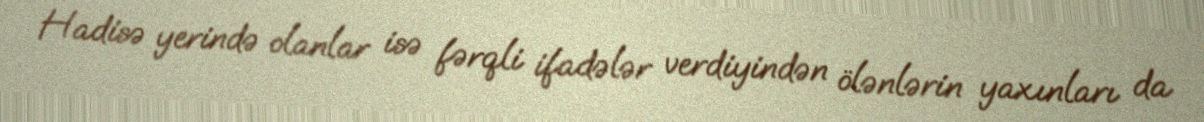
Hadisə yerində olanlar isə fərqli ifadələr verdiyindən ölənlərin yaxınları da